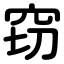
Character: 窃